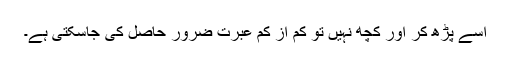
اسے پڑھ کر اور کچھ نہیں تو کم از کم عبرت ضرور حاصل کی جاسکتی ہے۔